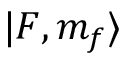
| F , m _ { f } \rangle